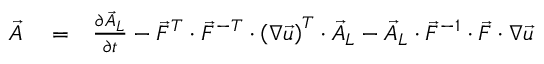
\begin{array} { r l r } { \stackrel { \triangledown } { \vec { A } } } & { { } = } & { \frac { \partial \vec { A } _ { L } } { \partial t } - \vec { F } ^ { T } \cdot \vec { F } ^ { - T } \cdot \left( \boldsymbol { \nabla } \vec { u } \right) ^ { T } \cdot \vec { A } _ { L } - \vec { A } _ { L } \cdot \vec { F } ^ { - 1 } \cdot \vec { F } \cdot \boldsymbol { \nabla } \vec { u } } \end{array}